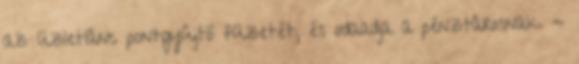
az üzletlánc pontgyûjtõ füzetét, és odaadja a pénztárosnak. -